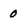
Character: 0